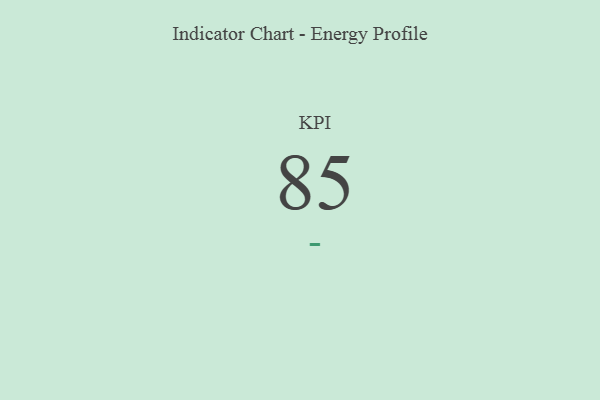
{"axis": {"x": "KPI", "y": "Value"}, "legend": [""], "data": [{"x": "KPI", "y": 85, "type": ""}]}